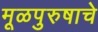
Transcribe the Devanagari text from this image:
मूळपुरुषाचे